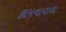
કામનાવાળા